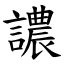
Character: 譨